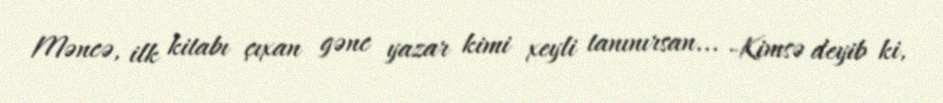
Məncə, ilk kitabı çıxan gənc yazar kimi xeyli tanınırsan... -Kimsə deyib ki,